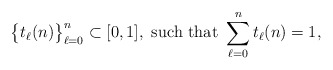
\begin{align*}\big\{t_\ell(n)\big\}_{\ell=0}^n\subset[0,1],\mbox{ such that }\sum_{\ell=0}^n t_\ell(n)=1,\end{align*}